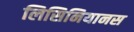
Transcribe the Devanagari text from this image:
लिसिनियानस